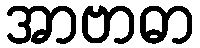
အာဗာဓာ